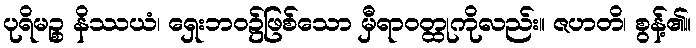
ပုရိမဉ္စ နိဿယံ၊ ရှေးဘဝ၌ဖြစ်သော မှီရာဝတ္ထုကိုလည်း။ ဇဟတိ၊ စွန့်၏။